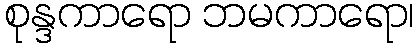
စုန္ဒကာရော ဘမကာရော၊